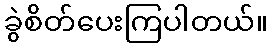
ခွဲစိတ်ပေးကြပါတယ်။